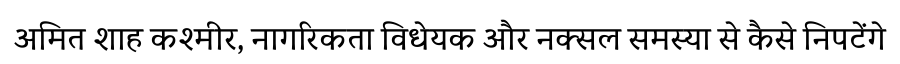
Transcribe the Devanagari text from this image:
अमित शाह कश्मीर, नागरिकता विधेयक और नक्सल समस्या से कैसे निपटेंगे